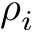
\rho _ { i }